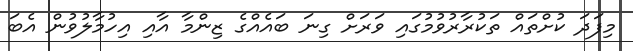
މިފަދަ ކުށްތައް ތަކުރާރުވުމުގައި ވަރަށް ގިނަ ބައެއްގެ ޒިންމާ އާއި އިހުމާލުވުން އެބަ